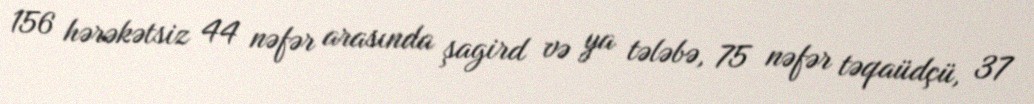
156 hərəkətsiz 44 nəfər arasında şagird və ya tələbə, 75 nəfər təqaüdçü, 37